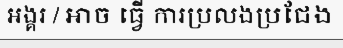
អង្គរ / អាច ធ្វើ ការប្រលងប្រជែង